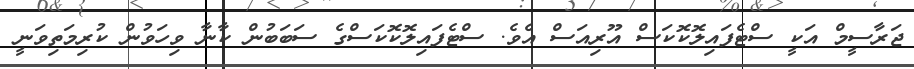
ޖަރާސީމް އަކީ ސްޓެފައިލޮކޮކަސް އޫރިއަސް އެވެ. ސްޓެފައިލޮކޮކަސްގެ ސަބަބުން ކާނާ ވިހަވުން ކުރިމަތިވަނީ